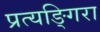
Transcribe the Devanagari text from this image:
प्रत्यङ्गिरा